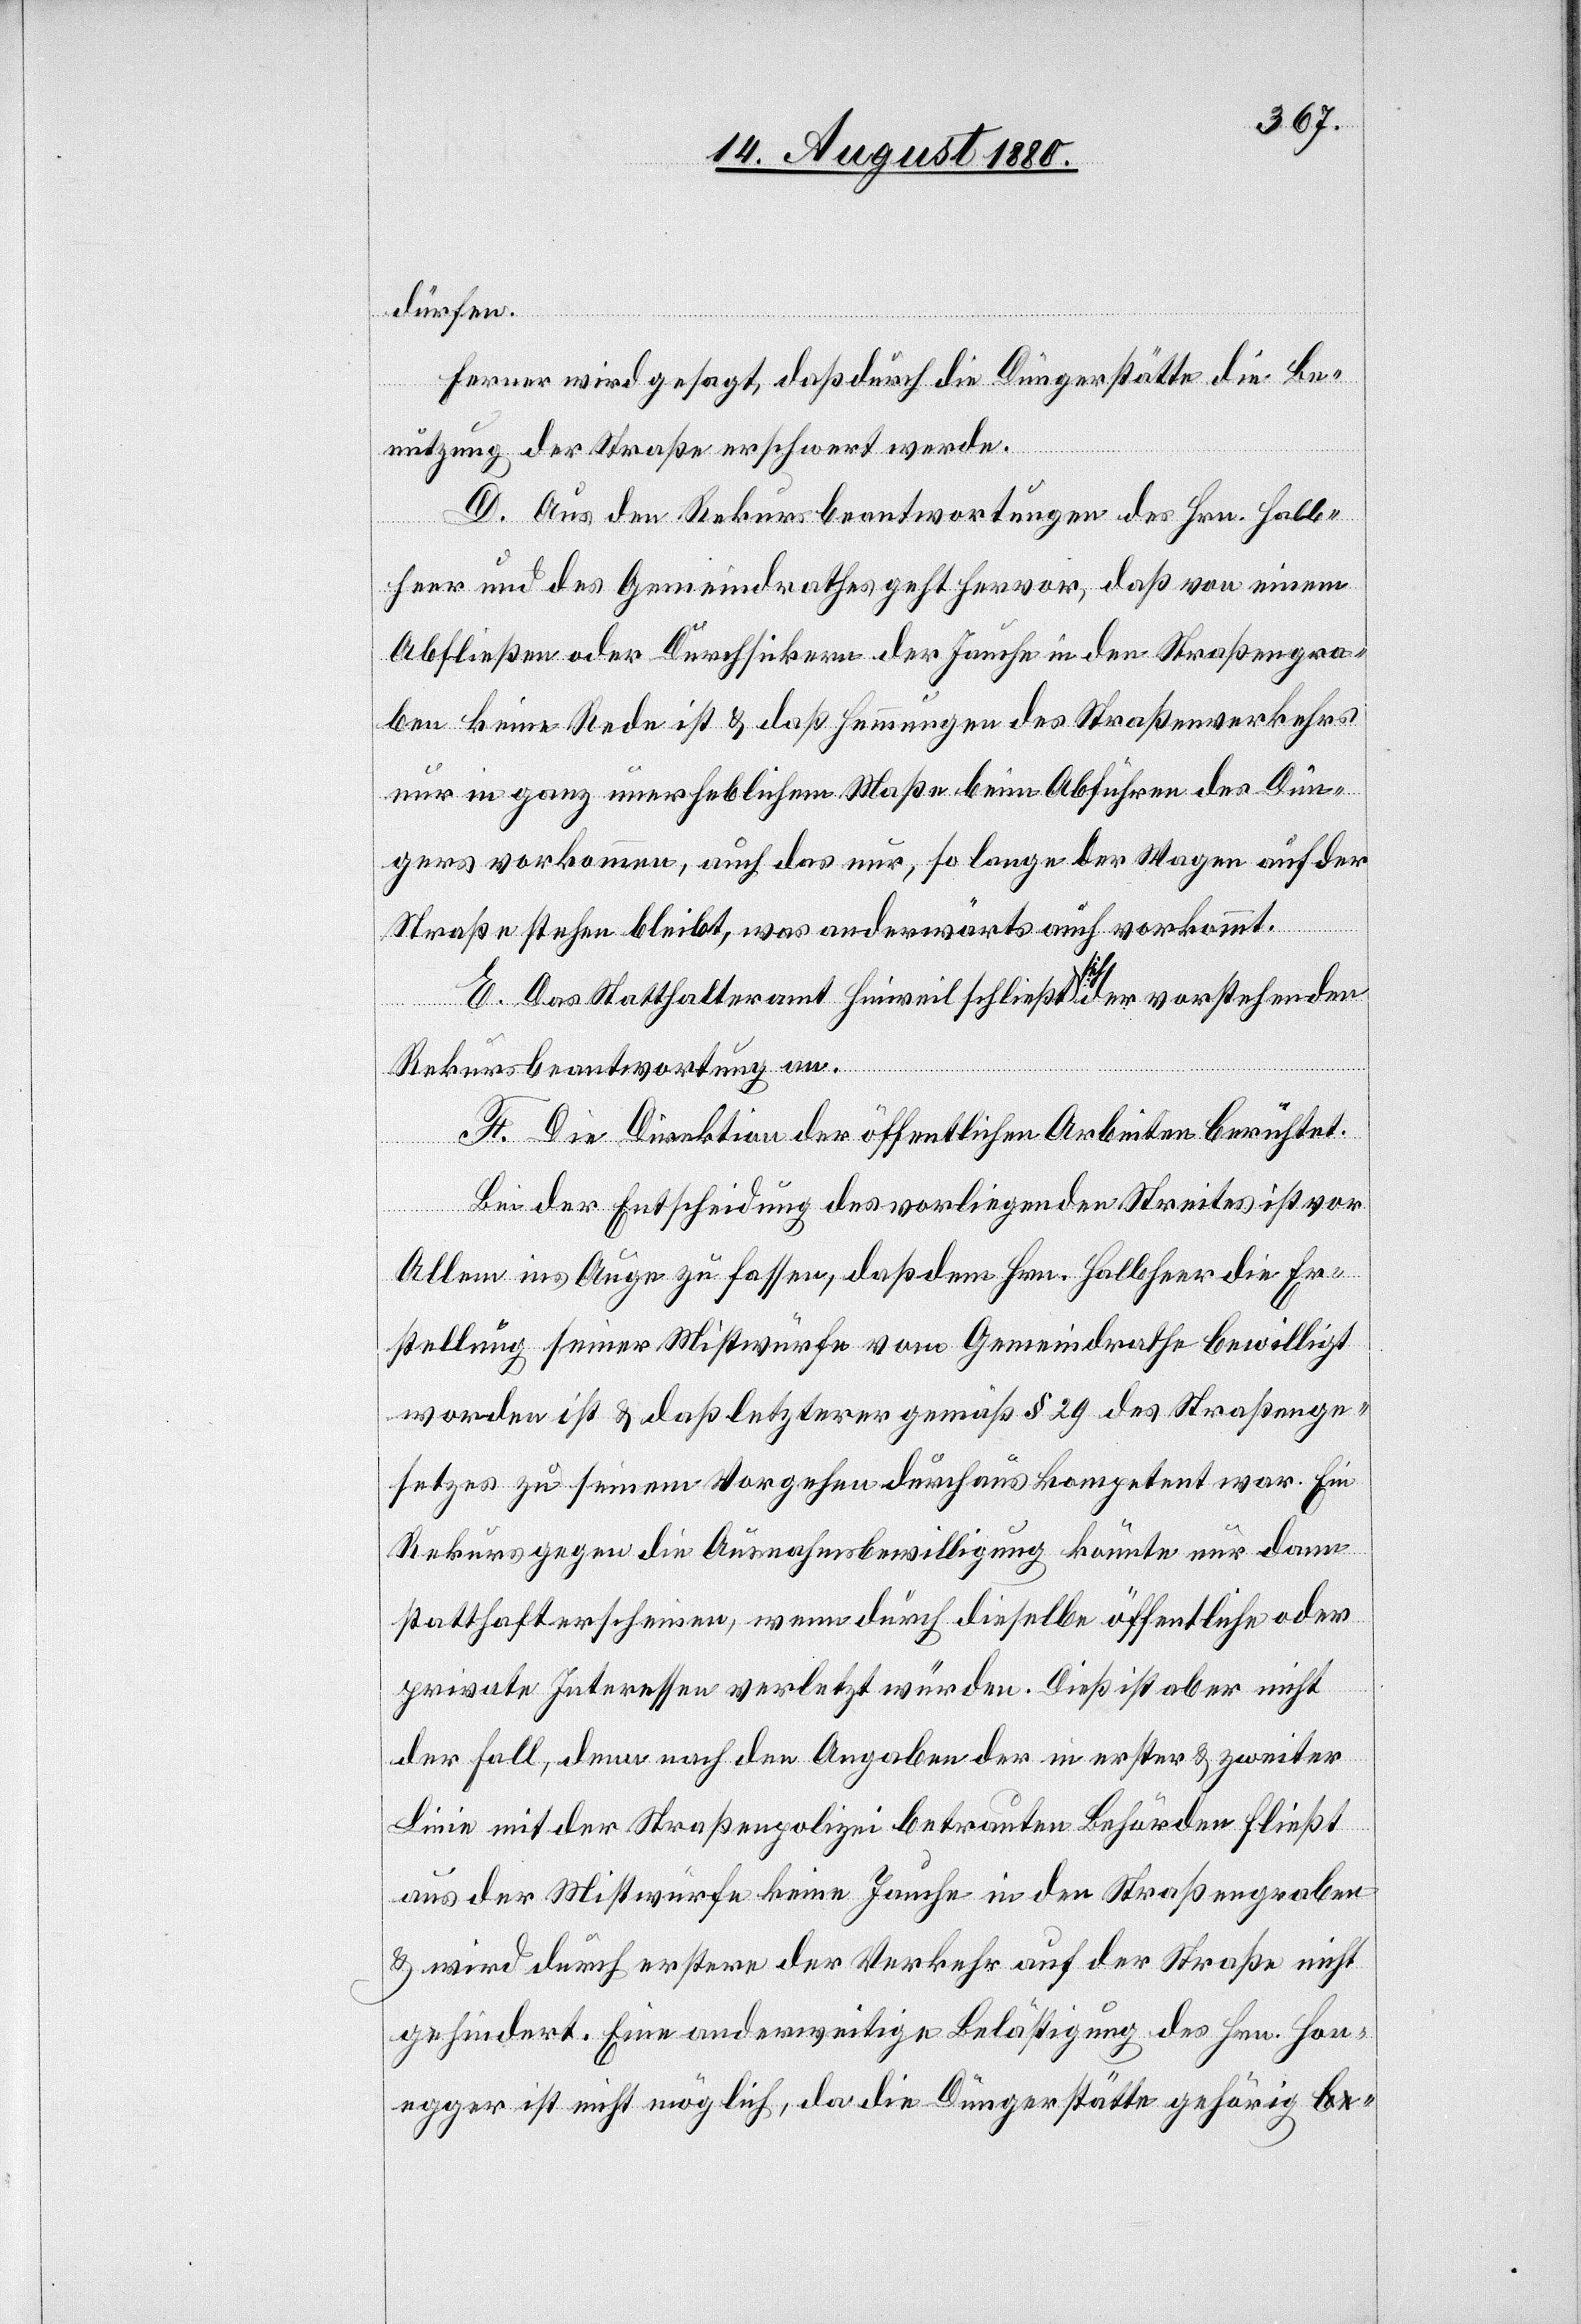
dürfen.
Ferner wird gesagt, daß durch die Düngerstätte die Be¬
nutzung der Straße erschwert werde.
D. Aus den Rekursbeantwortungen des Hrn. Halb¬
heer und des Gemeindrathes geht hervor, daß von einem
Abfließen oder Durchsickern der Jauche in den Straßengra¬
ben keine Rede ist & daß Hemmungen des Straßenverkehrs
nur in ganz unerheblichem Maße beim Abführen des Dün¬
gers vorkommen, auch das nur, so lange der Wagen auf der
Straße stehen bleibt, was anderwärts auch vorkommt.
E. Das Statthalteramt Hinweil schließt sich der vorstehenden
Rekursbeantwortung an.
F. Die Direktion der öffentlichen Arbeiten berichtet.
Bei der Entscheidung des vorliegenden Streites ist vor
Allem ins Auge zu fassen, daß dem Hrn. Halbheer die Er¬
stellung seiner Mistwürfe vom Gemeindrath bewilligt
worden ist & daß letzterer gemäß § 29 des Straßenge¬
setzes zu seinem Vorgehen durchaus kompetent war. Ein
Rekurs gegen die Ausnahmebewilligung könnte nur dann
statthaft erscheinen, wenn durch dieselben öffentliche oder
private Interessen verletzt würden. Dieß ist aber nicht
der Fall, denn nach den Angaben der in erster & zweiter
Linie mit der Straßenpolizei betrauten Behörden fließt
aus der Mistwürfe keine Jauche in den Straßengraben
& wird durch erstere der Verkehr auf der Straße nicht
gehindert. Eine anderweitige Belästigung des Hrn. Hon¬
egger ist nicht möglich, da die Düngerstätte gehörig